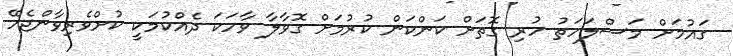
ގައުމަށް މަސްލަހަތު ހުރި ގޮތަށް ކަންކަން ކުރުމަށް ގޮވާލާ ވާހަކަ ދެއްކުމަކީ ކުށްވެރިވާންޖެހޭ